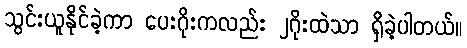
သွင်းယူနိုင်ခဲ့ကာ ပေးဂိုးကလည်း ၂ဂိုးထဲသာ ရှိခဲ့ပါတယ်။